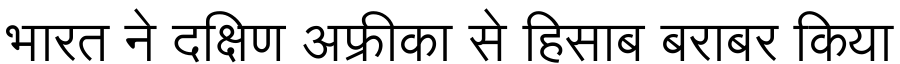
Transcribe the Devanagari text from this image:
भारत ने दक्षिण अफ्रीका से हिसाब बराबर किया